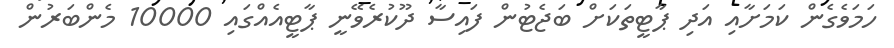
ހަމަވެގެން ކަމަށާއި އަދި ޕާޓީތަކަށް ބަޖެޓުން ފައިސާ ދޫކުރެވޭނީ ޕާޓީއެއްގައި 10000 މެންބަރުން